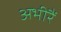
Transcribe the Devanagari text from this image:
अभीरैं